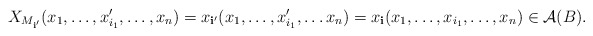
\begin{align*}X_{M_{\mathbf i'}}(x_1, \dots,x_{i_1}',\dots, x_n) = x_{\mathbf i'}(x_1, \dots,x_{i_1}',\dots x_n) = x_\mathbf i(x_1, \dots, x_{i_1}, \dots, x_n)\in \mathcal A(B).\end{align*}